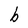
Character: b